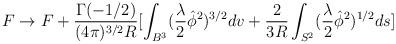
LaTeX: \begin{align*}F \rightarrow F+\frac{\Gamma(-1/2)}{ (4\pi)^{3/2}R}[\int_{B^{3}}(\frac{\lambda}{2}\hat{\phi}^{2})^{3/2}dv+\frac{2}{3R}\int_{S^{2}}(\frac{\lambda}{2}\hat{\phi}^{2}) ^{1/2}ds]\end{align*}